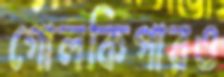
গোলকিপারও